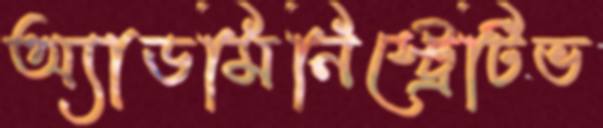
অ্যাডমিনিস্ট্রেটিভ